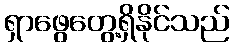
ရှာဖွေတွေ့ရှိနိုင်သည်